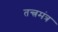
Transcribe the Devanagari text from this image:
तन्त्रमंत्र